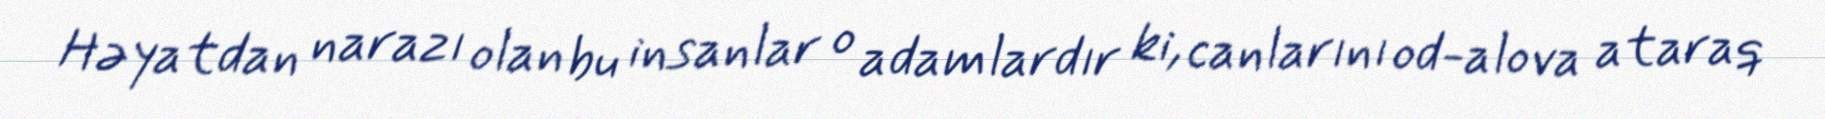
Həyatdan narazı olan bu insanlar o adamlardır ki, canlarını od-alova ataraq